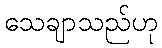
သေချာသည်ဟု